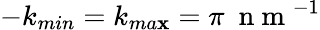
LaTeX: -k_{min}=k_{ma\mathbf{x}}=\pi~\mathrm{{~n~m~}}^{-1}